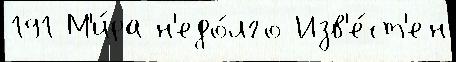
191 М'и́ра н'едо́лго Изв'е́ст'ен